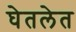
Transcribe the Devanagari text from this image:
घेतलेत